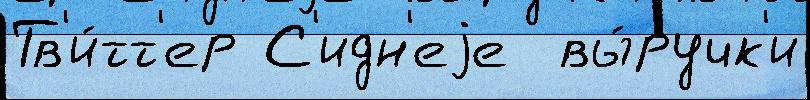
Тв'и́тт'ер С'идн'еjе  вы́ручк'и